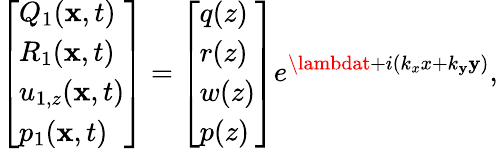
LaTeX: \left[\begin{array}{l}{Q_{1}(\mathbf{x},t)}\\ {R_{1}(\mathbf{x},t)}\\ {u_{1,z}(\mathbf{x},t)}\\ {p_{1}(\mathbf{x},t)}\end{array}\right]=\left[\begin{array}{l}{q(z)}\\ {r(z)}\\ {w(z)}\\ {p(z)}\end{array}\right]e^{\lambdat+i(k_{x}x+k_{\mathbf{y}}\mathbf{y})},